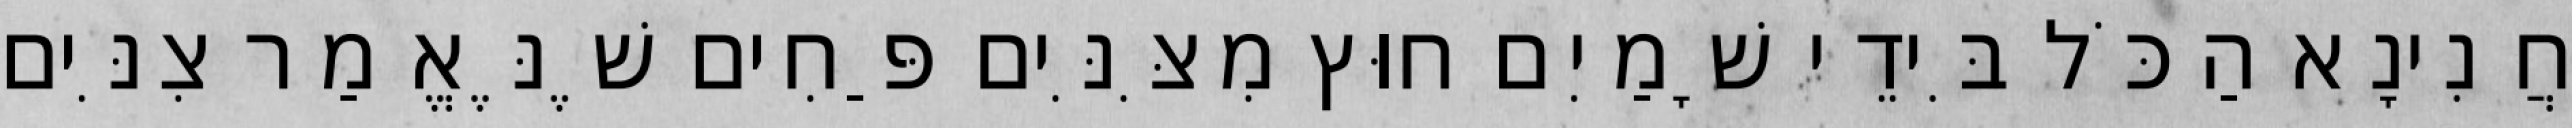
חֲנִינָא הַכֹּל בִּידֵי שָׁמַיִם חוּץ מִצִּנִּים פַּחִים שֶׁנֶּאֱמַר צִנִּים